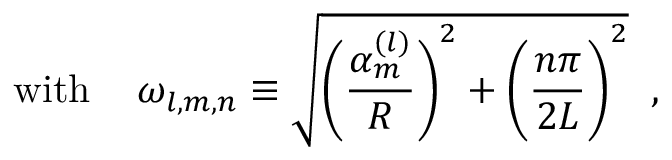
\mathrm { w i t h ~ } \; \; \; \omega _ { l , m , n } \equiv \sqrt { \Biggl ( \frac { \alpha _ { m } ^ { ( l ) } } R \Biggr ) ^ { 2 } + \Biggl ( \frac { n \pi } { 2 L } \Biggr ) ^ { 2 } } \; \; ,